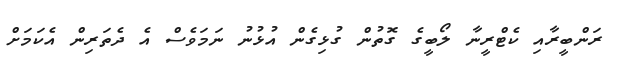
ރަންބީރާއި ކެޓްރީނާ ލޯބީގެ ގޮތުން ގުޅިގެން އުޅުނު ނަމަވެސް އެ ދެތަރިން އެކަމަށް